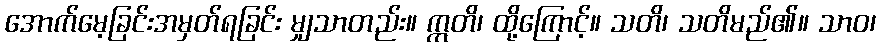
အောက်မေ့ခြင်းအမှတ်ရခြင်း မျှသာတည်း။ ဣတိ၊ ထို့ကြောင့်။ သတိ၊ သတိမည်၏။ သာဝ၊